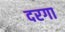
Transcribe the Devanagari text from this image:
दरगा